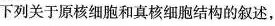
下列关于原核细胞和真核细胞结构的叙述，